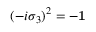
( - i \sigma _ { 3 } ) ^ { 2 } = - { \bf 1 }